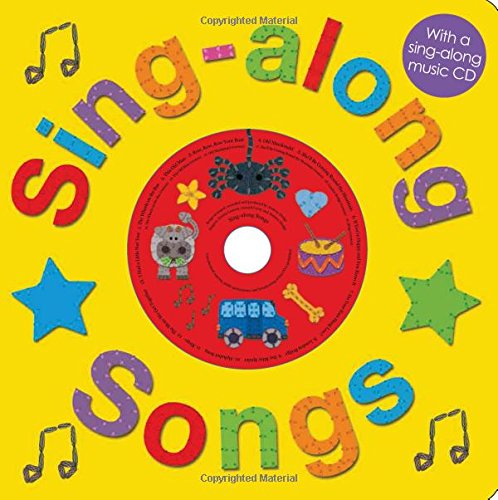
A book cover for Sing-along Songs with CD; Roger Priddy; Children's Books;